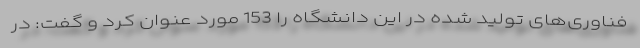
فناوری‌های تولید شده در این دانشگاه را 153 مورد عنوان کرد و گفت: در